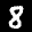
Label: 8